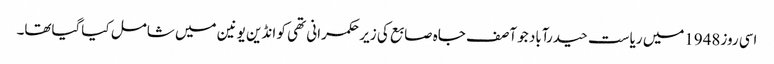
اسی روز1948میں ریاست حیدرآباد جو آصف جاہ صابع کی زیر حکمرانی تھی کو انڈین یونین میں شامل کیاگیاتھا۔